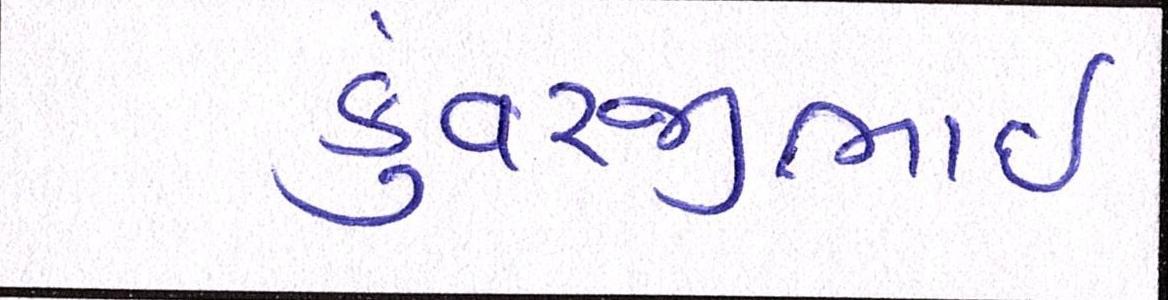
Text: કુંવરજીભાઈ